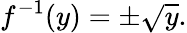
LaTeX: f^{-1}(y)=\pm{\sqrt{y}}.